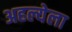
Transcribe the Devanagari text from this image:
अहल्येला